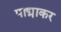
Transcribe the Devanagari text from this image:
पाद्माकर